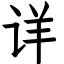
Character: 详